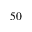
5 0